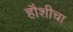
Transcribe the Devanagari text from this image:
हौशीचा